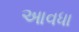
આવધા